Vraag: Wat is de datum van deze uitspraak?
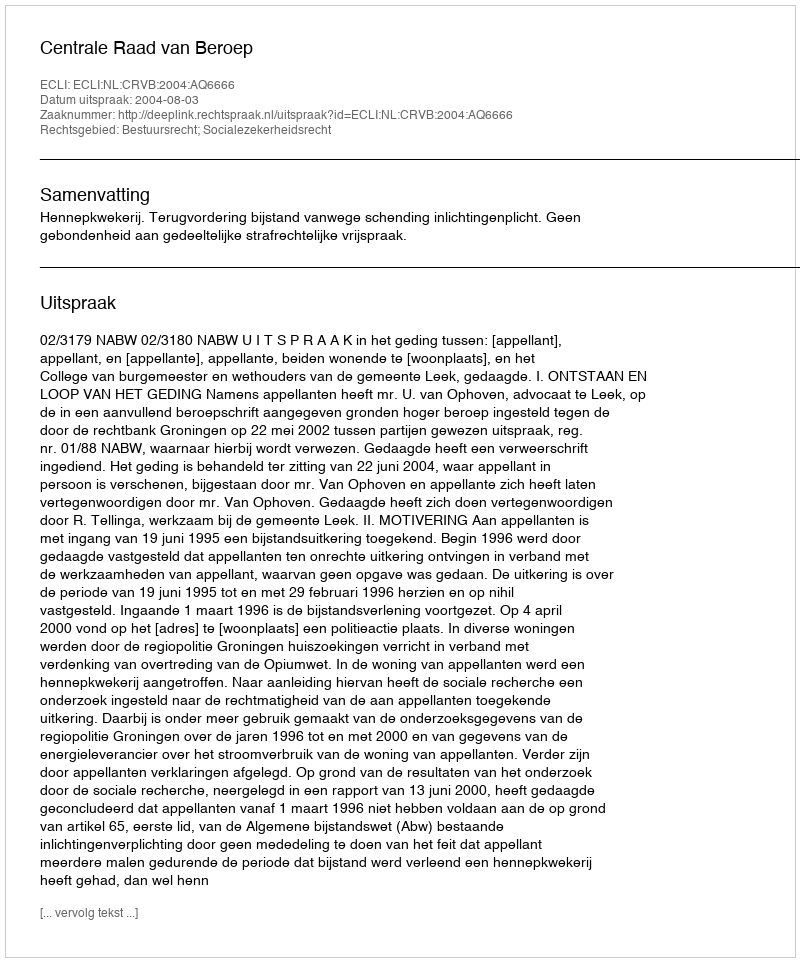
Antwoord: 2004-08-03